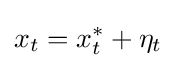
x_{t}=x_{t}^{*}+\eta _{t}